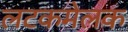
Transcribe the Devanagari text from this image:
लटकमेलक